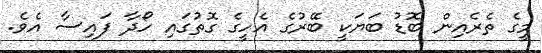
މީގެ ތެރެއިން ބޮޑު ބަޔަކީ ބޭރުގެ އެހީގެ ގޮތުގައި ހޯދާ ފައިސާ އެވެ.